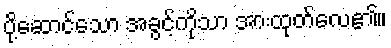
ပို့ဆောင်သော အခွင့်ကိုသာ အားထုတ်လေ၏။